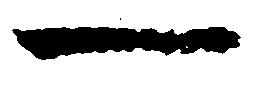
一